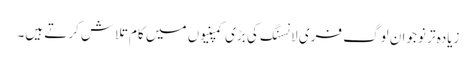
زیادہ تر نوجوان لوگ فری لانسنگ کی بڑی کمپنیوں میں کام تلاش کرتے ہیں۔